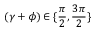
( \gamma + \phi ) \in \{ \frac { \pi } { 2 } , \frac { 3 \pi } { 2 } \}